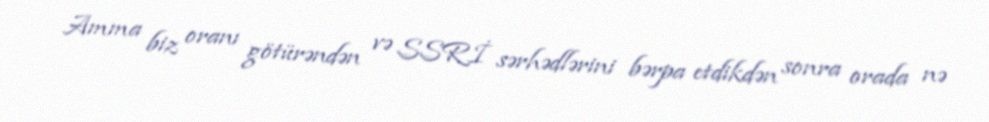
Amma biz oranı götürəndən və SSRİ sərhədlərini bərpa etdikdən sonra orada nə